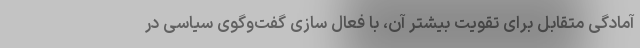
آمادگی متقابل برای تقویت بیشتر آن، با فعال سازی گفت‌وگوی سیاسی در